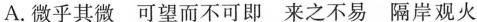
A.微乎其微 可望而不可即 来之不易 隔岸观火